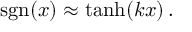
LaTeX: \ \operatorname { s g n } ( x ) \approx \operatorname { t a n h } ( k x ) \, .